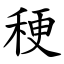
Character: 稉